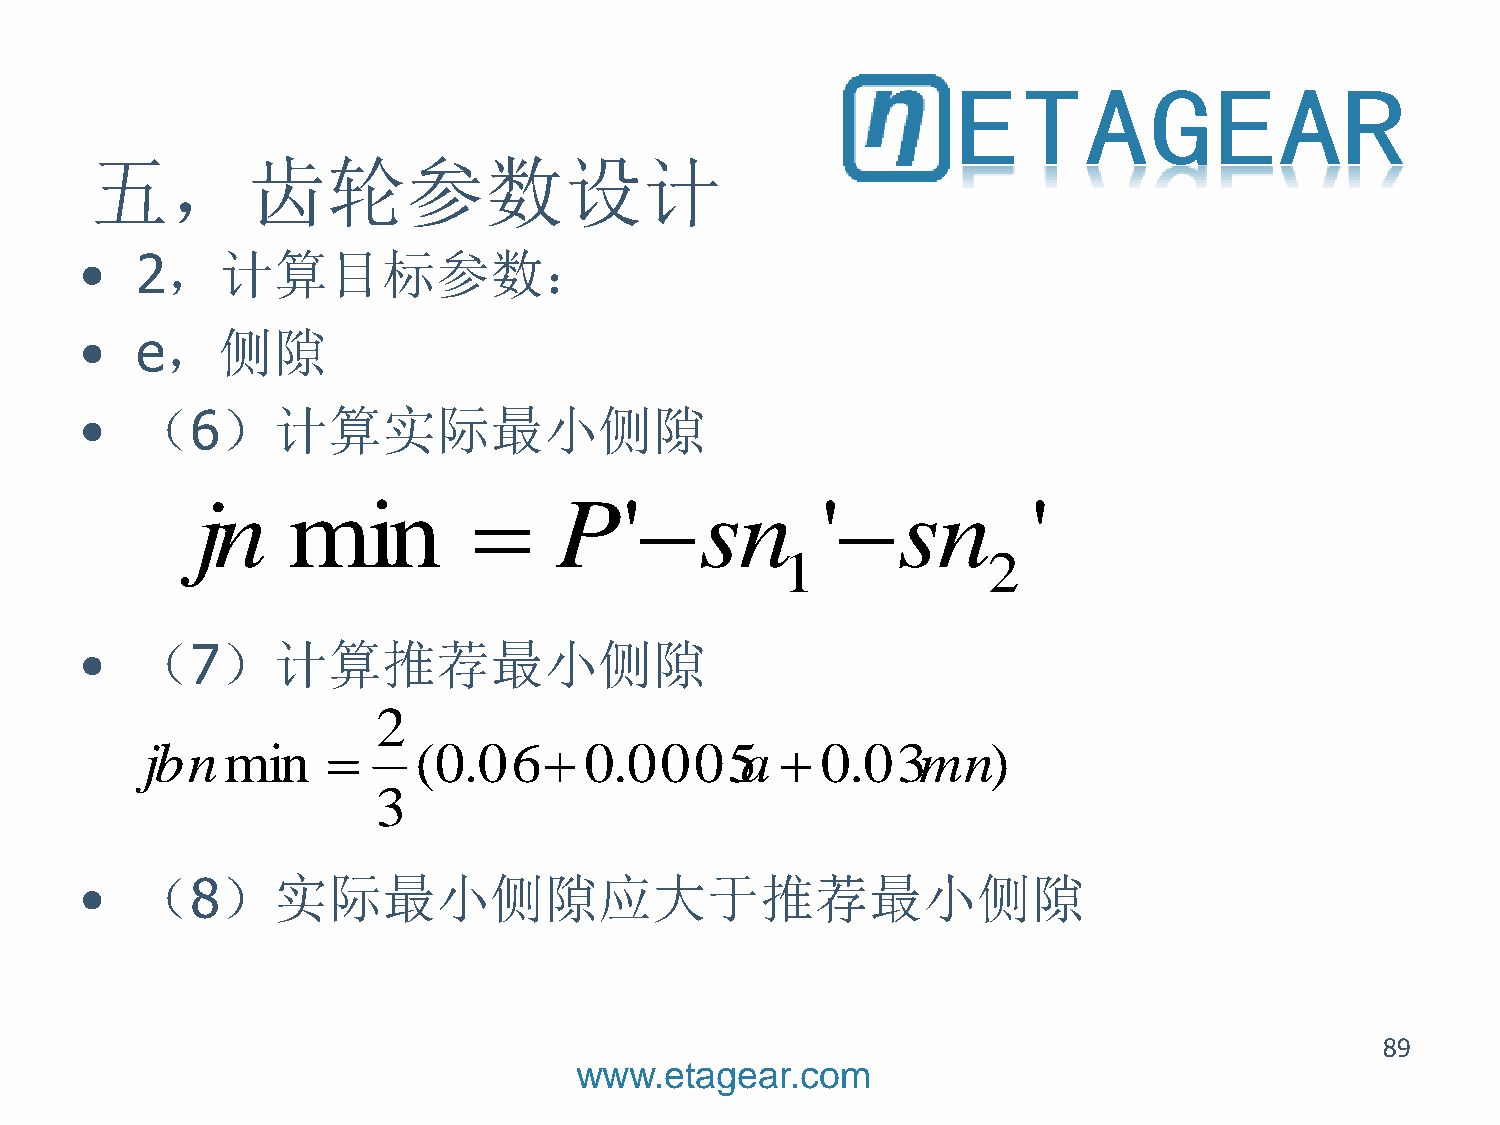
五，齿轮参数设计
 •   2，计算目标参数：
 •   e，侧隙
 •   （6）计算实际最小侧隙
 jn    min              P'sn            'sn          '
 1            2
 •   （7）计算推荐最小侧隙
 •   （8）实际最小侧隙应大于推荐最小侧隙
 89
 www.etagear.com
 j b n m  i n 
 2
 3
 ( 0 . 0 6  0 . 0 0 0 5 a  0 . 0 3 m n )